Vaccination Hyderabad 1890-1903 - 1890-1903
Year: 1890
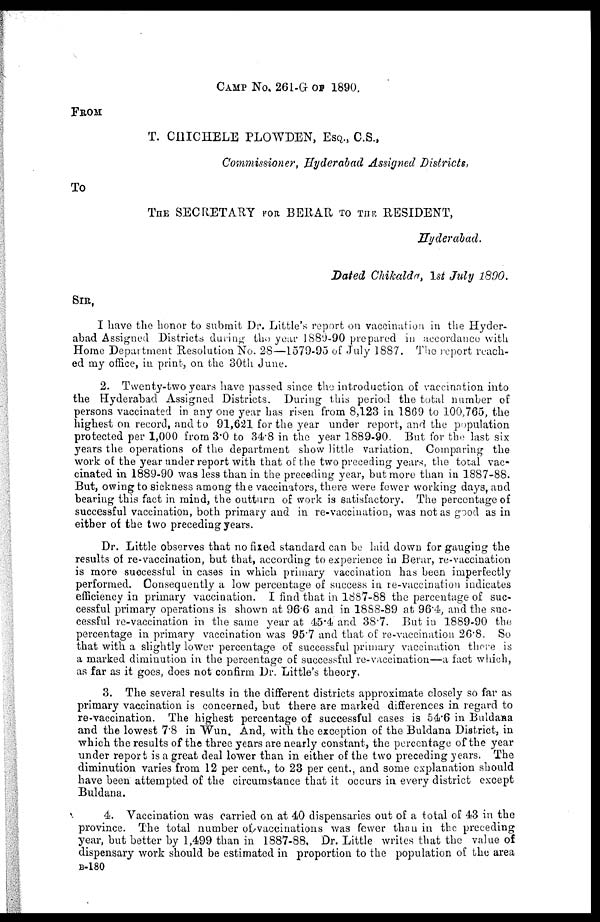
CAMP No. 261-G OF
1890.
FROM
T. CHICHELE PLOWDEN, ESQ., C.S.,
Commissioner, Hyderabad Assigned
Districts,
To
THE SECRETARY FOR BERAR TO THE RESIDENT,
Hyderabad.
Dated Chikalda,1st
July 1890.
SIR,
I have the honor to submit Dr. Little's report on vaccination in the Hyder-
abad Assigned Districts during the year 1889-90 prepared in accordance with
Home Department Resolution No. 28—1579-95 of July 1887. The report reach-
ed my office, in print, on the 30th June.
2. Twenty-two years have passed since the introduction of vaccination into
the Hyderabad Assigned Districts. During this period the total number of
persons vaccinated in any one year has risen from 8,123 in 1869 to 100,765, the
highest on record, and to 91,621 for the year under report, and the population
protected per 1,000 from 3.0 to 34.8 in the year 1889-90. But for the last six
years the operations of the department show little variation. Comparing the
work of the year under report with that of the two preceding years, the total vac-
cinated in 1889-90 was less than in the preceding year, but more than in 1887-88.
But, owing to sickness among the vaccinators, there were fewer working days, and
bearing this fact in mind, the outturn of work is satisfactory. The percentage of
successful vaccination, both primary and in re-vaccination, was not as good as in
either of the two preceding years.
Dr. Little observes that no fixed standard can be laid down for gauging the
results of re-vaccination, but that, according to experience in Berar, re-vaccination
is more successful in cases in which primary vaccination has been imperfectly
performed. Consequently a low percentage of success in re-vaccination indicates
efficiency in primary vaccination. I find that in 1887-88 the percentage of suc-
cessful primary operations is shown at 96.6 and in 1888-89 at 96.4, and the suc-
cessful re-vaccination in the same year at 45.4 and 38.7. But in 1889-90 the
percentage in primary vaccination was 95.7 and that of re-vaccination 26.8. So
that with a slightly lower percentage of successful primary vaccination there is
a marked diminution in the percentage of successful re-vaccination—a fact which,
as far as it goes, does not confirm Dr. Little's theory.
3. The several results in the different districts approximate closely so far as
primary vaccination is concerned, but there are marked differences in regard to
re-vaccination. The highest percentage of successful cases is 54.6 in Buldana
and the lowest 7.8 in Wun. And, with the exception of the Buldana District, in
which the results of the three years are nearly constant, the percentage of the year
under report is a great deal lower than in either of the two preceding years. The
diminution varies from 12 per cent., to 23 per cent., and some explanation should
have been attempted of the circumstance that it occurs in every district except
Buldana.
4. Vaccination was carried on at 40 dispensaries out of a total of 43 in the
province. The total number of vaccinations was fewer than in the preceding
year, but better by 1,499 than in 1887-88, Dr. Little writes that the value of
dispensary work should be estimated in proportion to the population of the area
B-180